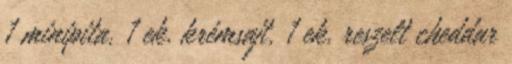
1 minipita, 1 ek. krémsajt, 1 ek. reszelt cheddar